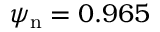
{ \psi _ { \mathrm { n } } = 0 . 9 6 5 }